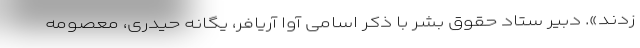
زدند». دبیر ستاد حقوق بشر با ذکر اسامی آوا آریافر، یگانه حیدری، معصومه